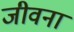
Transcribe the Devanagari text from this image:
जीवना